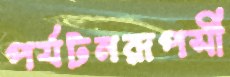
পর্যটনরূপসী